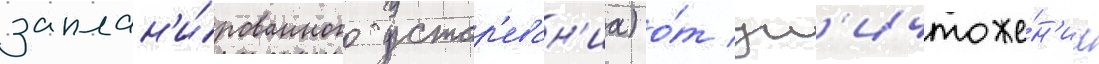
заплан'и́рованного устар'еван'иа) о́т ун'ичтоже́н'иа